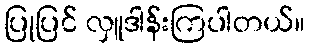
ပြုပြင် လှူဒါန်းကြပါတယ်။